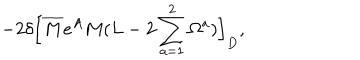
LaTeX: - 2 \delta \Bigl [ \overline { { M } } e ^ { A } M ( L - 2 \sum _ { a = 1 } ^ { 2 } { \Omega ^ { a } } ) \Bigr ] _ { D } ,